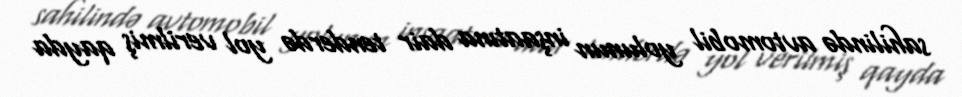
sahilində avtomobil yolunun inşaatına dair tenderdə yol verilmiş qayda